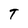
Character: T